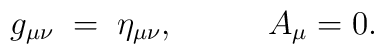
g_{\mu\nu}\;=\;\eta_{\mu\nu} ,\;\;\;\;\;\;\;\;\;\;   A_{\mu}=0.